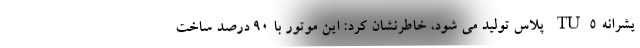
یشرانه TU5 پلاس تولید می شود، خاطرنشان کرد: این موتور با ۹۰ درصد ساخت